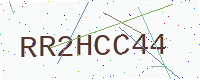
Text: RR2HCC44